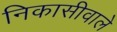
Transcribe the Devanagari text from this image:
निकासीवाले